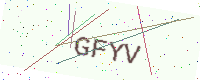
Text: GFYV